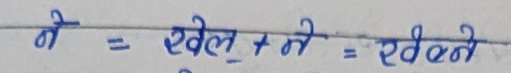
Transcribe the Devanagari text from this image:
खेल्ने = खेल् + ने = खेल्ने